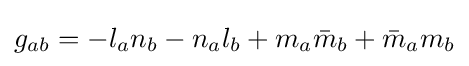
g_{ab}=-l_{a}n_{b}-n_{a}l_{b}+m_{a}{\bar {m}}_{b}+{\bar {m}}_{a}m_{b}